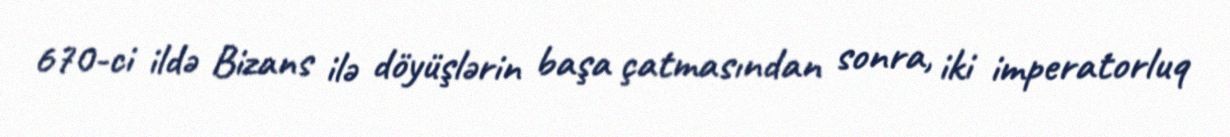
670-ci ildə Bizans ilə döyüşlərin başa çatmasından sonra, iki imperatorluq